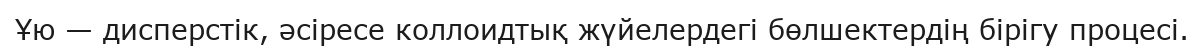
Ұю — дисперстік, әсіресе коллоидтық жүйелердегі бөлшектердің бірігу процесі.